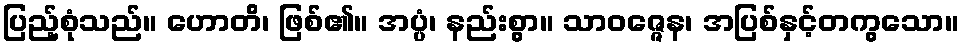
ပြည့်စုံသည်။ ဟောတိ၊ ဖြစ်၏။ အပ္ပံ၊ နည်းစွာ။ သာဝဇ္ဇေန၊ အပြစ်နှင့်တကွသော။